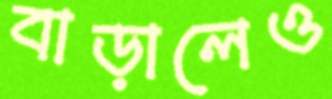
বাড়ালেও